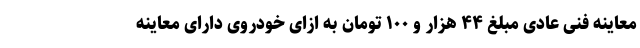
معاینه فنی عادی مبلغ ۴۴ هزار و ۱۰۰ تومان به ازای خودروی دارای معاینه